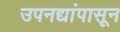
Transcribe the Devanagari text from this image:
उपनद्यांपासून